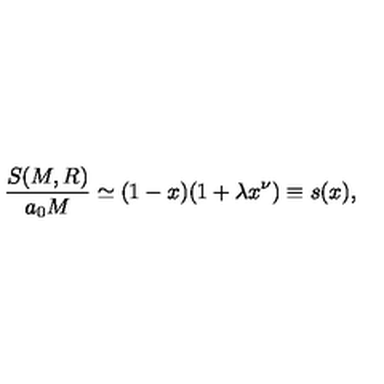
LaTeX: \frac { S ( M , R ) } { a _ { 0 } M } \simeq ( 1 - x ) ( 1 + \lambda x ^ { \nu } ) \equiv s ( x ) ,